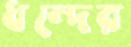
ধন্দের